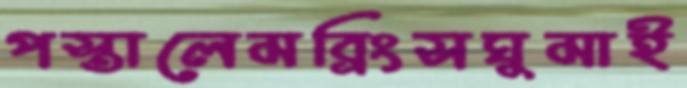
পস্তালেমব্রিংসঘুমাই